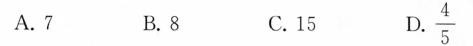
A.7 B.8 C.15 D.\frac{4}{5}